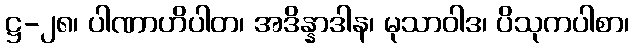
ဋ္ဌ-၂၈၊ ပါဏာဟိပါတ၊ အဒိန္နာဒါန၊ မုသာဝါဒ၊ ပိသုကပါစာ၊